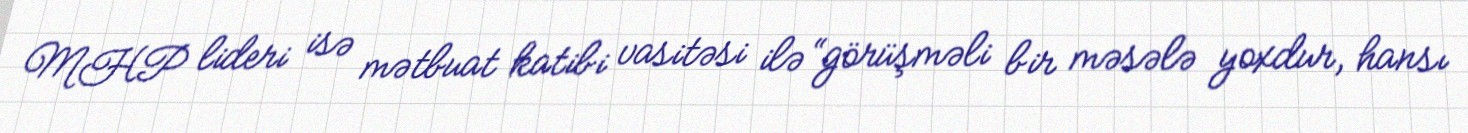
MHP lideri isə mətbuat katibi vasitəsi ilə “görüşməli bir məsələ yoxdur, hansı